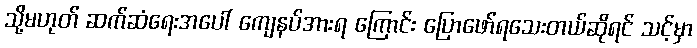
သို့မဟုတ် ဆက်ဆံရေးအပေါ် ကျေနပ်အားရ ကြောင်း ပြောဖော်ရသေးတယ်ဆိုရင် သင့်မှာ